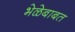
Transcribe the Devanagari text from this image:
भेळेबाबत